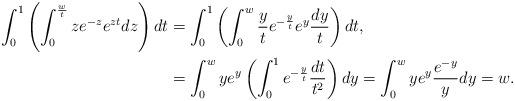
LaTeX: \begin{align*}\int_0^1 \left( \int_0^{\frac{w}{t}} z e^{-z} e^{z t} dz \right) dt & = \int_0^1 \left(\int_0^w \frac{y}{t}e^{- \frac{y}{t}} e^{y} \frac{dy}{t}\right) dt , \\& = \int_0^w y e^{y} \left(\int_0^1 e^{-\frac{y}{t}} \frac{dt}{t^2} \right) dy = \int_0^w y e^{y} \frac{e^{-y}}{y} dy = w.\end{align*}